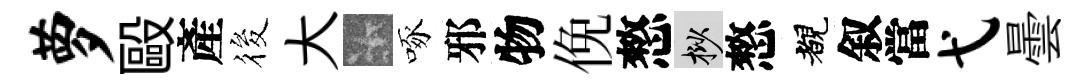
萝毆產筱大卡啄邪物俛憗挲憗覩叙當弋曇